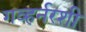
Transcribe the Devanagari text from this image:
गव्हर्नरशी